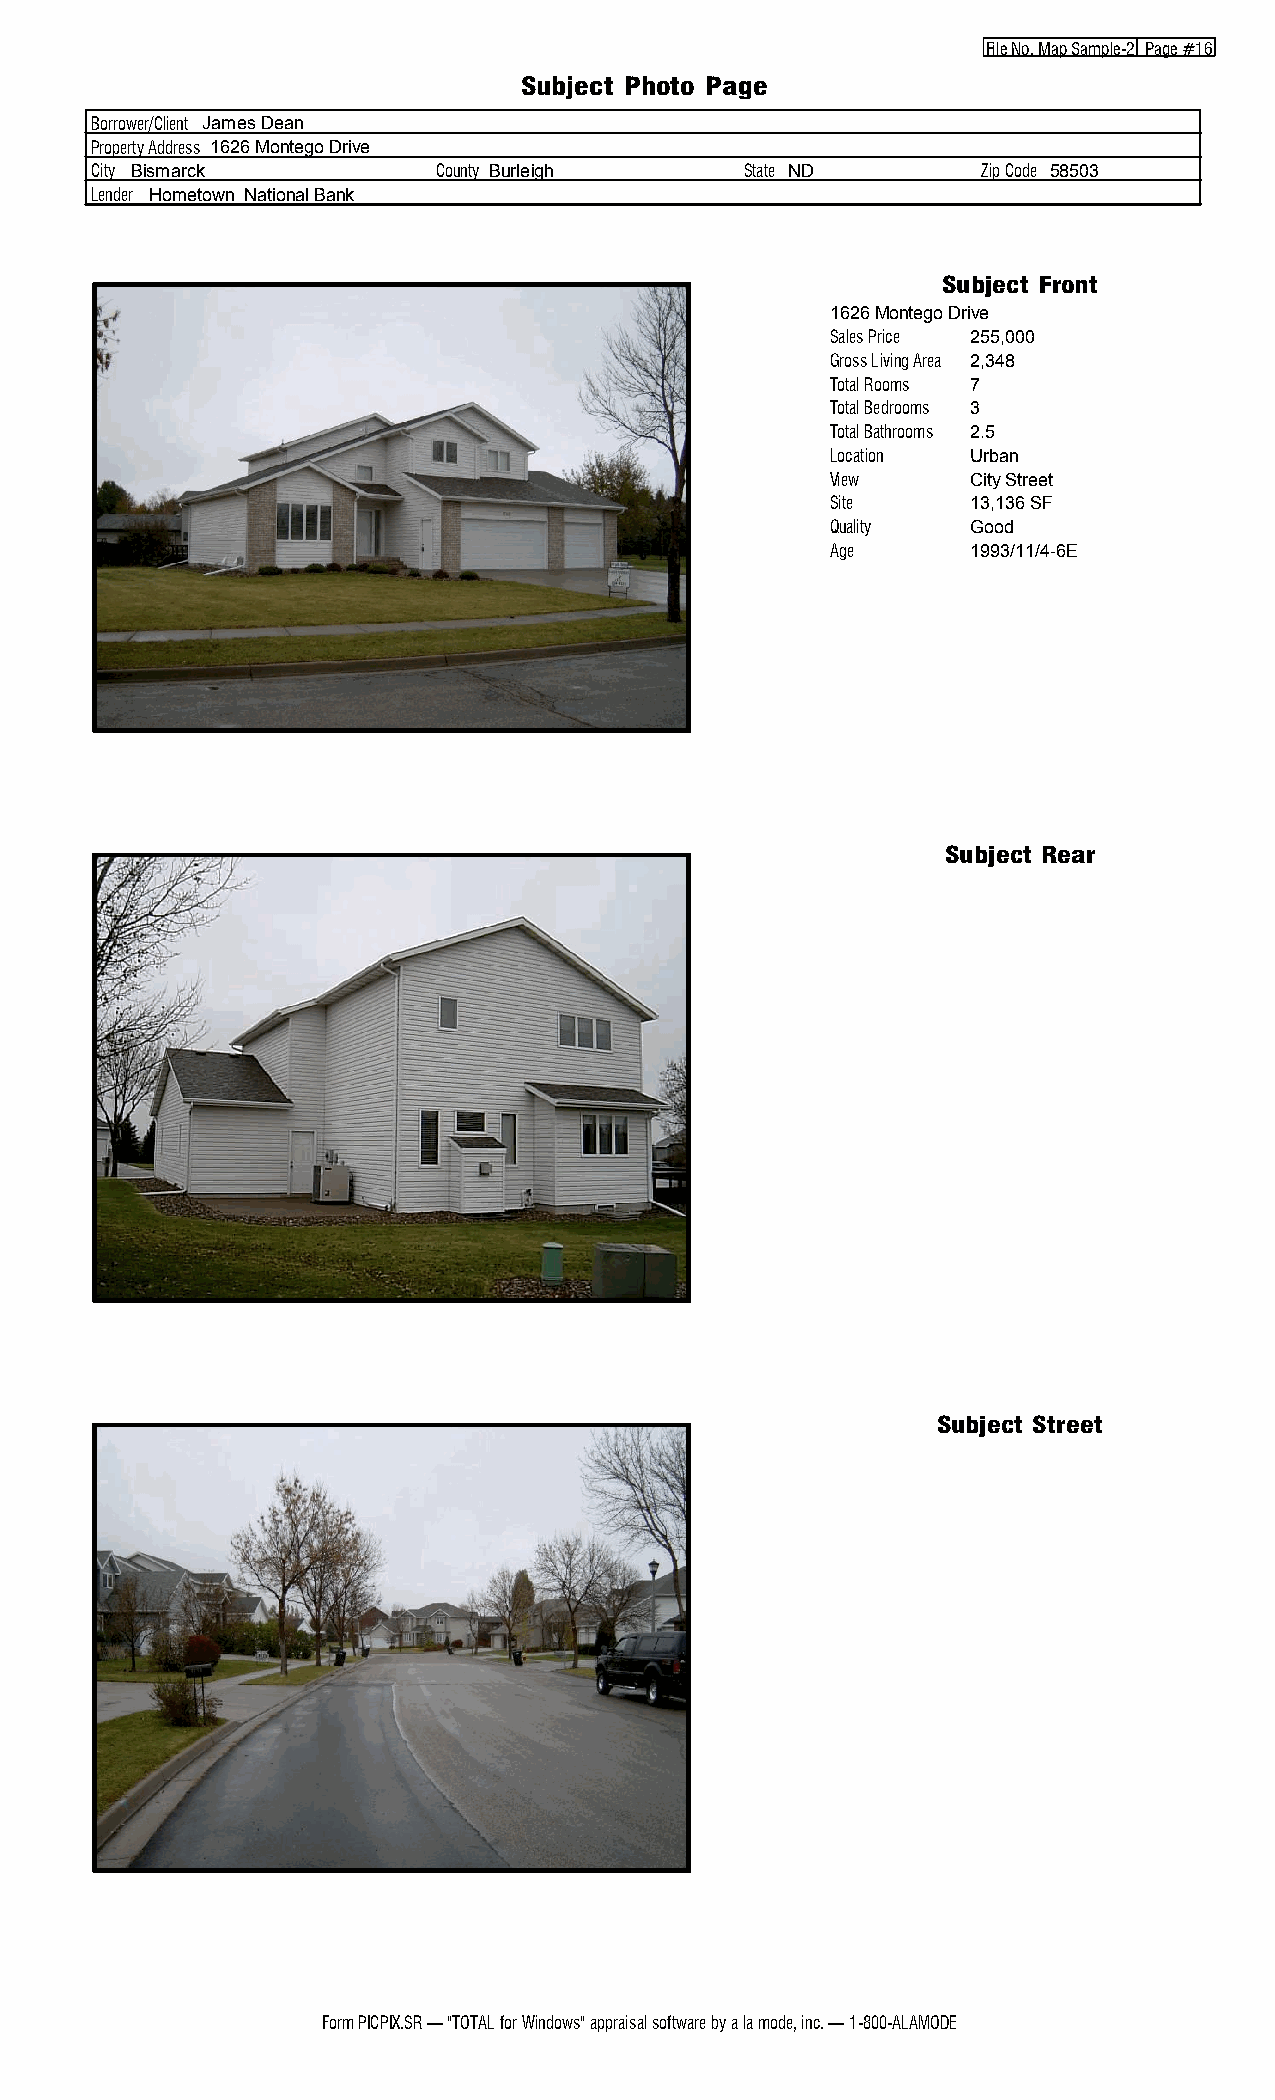
File No. Map Sample 2 Page #16
 Subject Photo Page
 Borrower/Client James Dean
 Property Address 1626 Montego Drive
 City Bismarck          County Burleigh     State ND        Zip Code 58503
 Lender Hometown National Bank
 Subject Front
 1626 Montego Drive
 Sales Price 255,000
 Gross Living Area 2,348
 Total Rooms 7
 Total Bedrooms 3
 Total Bathrooms 2.5
 Location Urban
 View     City Street
 Site     13,136 SF
 Quality  Good
 Age      1993/11/4 6E
 Subject Rear
 Subject Street
 Form PICPIX.SR — "TOTAL for Windows" appraisal software by a la mode, inc. — 1 800 ALAMODE